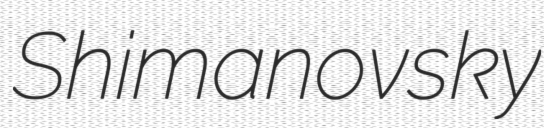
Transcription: Shimanovsky